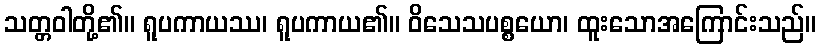
သတ္တဝါတို့၏။ ရူပကာယဿ၊ ရူပကာယ၏။ ဝိသေသပစ္စယော၊ ထူးသောအကြောင်းသည်။